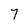
Character: 7